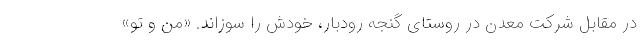
در مقابل شرکت معدن در روستای گنجه رودبار، خودش را سوزاند. «من و تو»